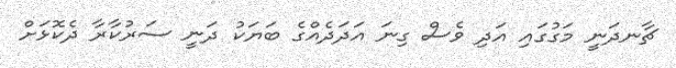
ޗާނދަނީ މަގުގައި އަދި ވެސް ގިނަ އަދަދެއްގެ ބަޔަކު ދަނީ ސަރުކާރާ ދެކޮޅަށް